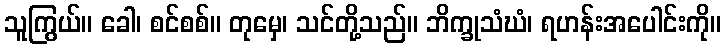
သူကြွယ်။ ခေါ၊ စင်စစ်။ တုမှေ၊ သင်တို့သည်။ ဘိက္ခုသံဃံ၊ ရဟန်းအပေါင်းကို။